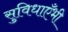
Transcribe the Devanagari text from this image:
सुविधाएँभी